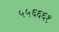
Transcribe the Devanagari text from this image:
५५६६६१